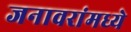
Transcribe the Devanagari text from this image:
जनावरांमध्ये